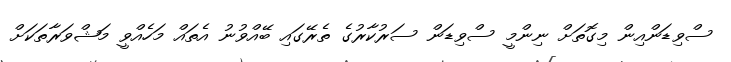
ސްވިޑަންއިން މިގޮތަށް ނިންމީ ސްވިޑަން ސަރުކާރުގެ ތެރޭގައި ބޭއްވުނު އެތައް މަހެއްވީ މަޝްވަރާތަކަށް